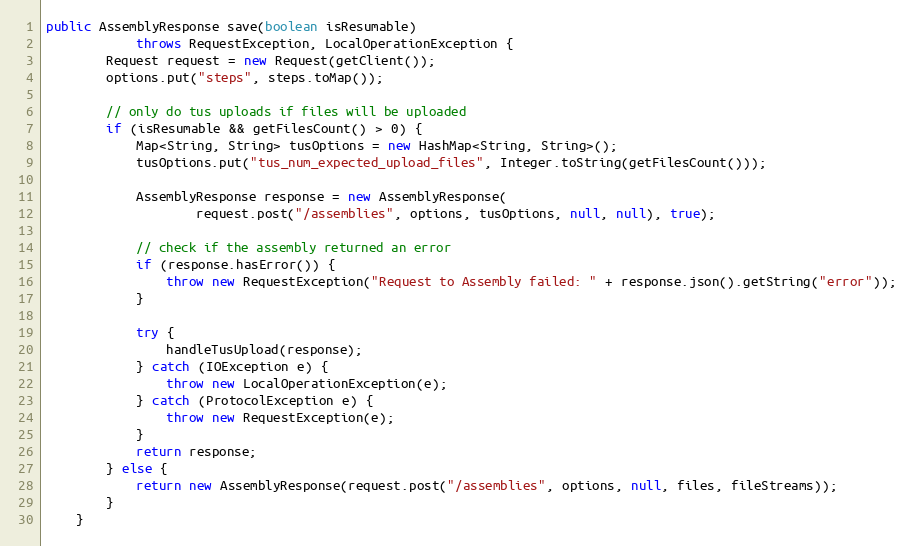
Language: Java
public AssemblyResponse save(boolean isResumable)
            throws RequestException, LocalOperationException {
        Request request = new Request(getClient());
        options.put("steps", steps.toMap());

        // only do tus uploads if files will be uploaded
        if (isResumable && getFilesCount() > 0) {
            Map<String, String> tusOptions = new HashMap<String, String>();
            tusOptions.put("tus_num_expected_upload_files", Integer.toString(getFilesCount()));

            AssemblyResponse response = new AssemblyResponse(
                    request.post("/assemblies", options, tusOptions, null, null), true);

            // check if the assembly returned an error
            if (response.hasError()) {
                throw new RequestException("Request to Assembly failed: " + response.json().getString("error"));
            }

            try {
                handleTusUpload(response);
            } catch (IOException e) {
                throw new LocalOperationException(e);
            } catch (ProtocolException e) {
                throw new RequestException(e);
            }
            return response;
        } else {
            return new AssemblyResponse(request.post("/assemblies", options, null, files, fileStreams));
        }
    }